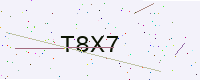
Text: T8X7